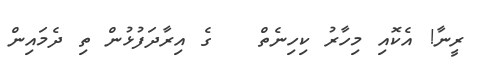
ރީނާ! އެކޮއި މިހާރު ކިހިނެތް   ގެ އިރާދަފުޅުން ތި ދެމައިން